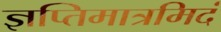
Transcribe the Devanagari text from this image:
ज्ञप्तिमात्रमिदं